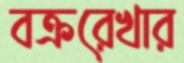
বক্ররেখার